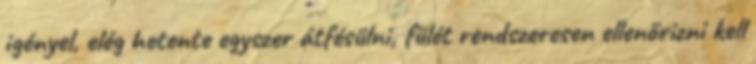
igényel, elég hetente egyszer átfésülni, fülét rendszeresen ellenőrizni kell